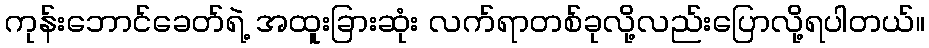
ကုန်းဘောင်ခေတ်ရဲ့ အထူးခြားဆုံး လက်ရာတစ်ခုလို့လည်းပြောလို့ရပါတယ်။